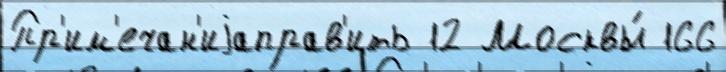
Пр'им'ечан'иjаправ'ить 12 Москвы́ 166